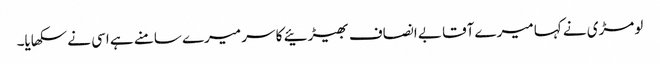
لومڑی نے کہا میرے آقا بے انصاف بھیڑئیے کا سر میرے سامنے ہے اسی نے سکھایا۔